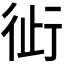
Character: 𬠿